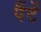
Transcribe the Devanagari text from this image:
पैंटें